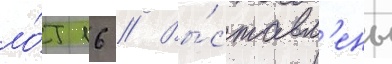
ло́т 16 // Вы́ставл'ены